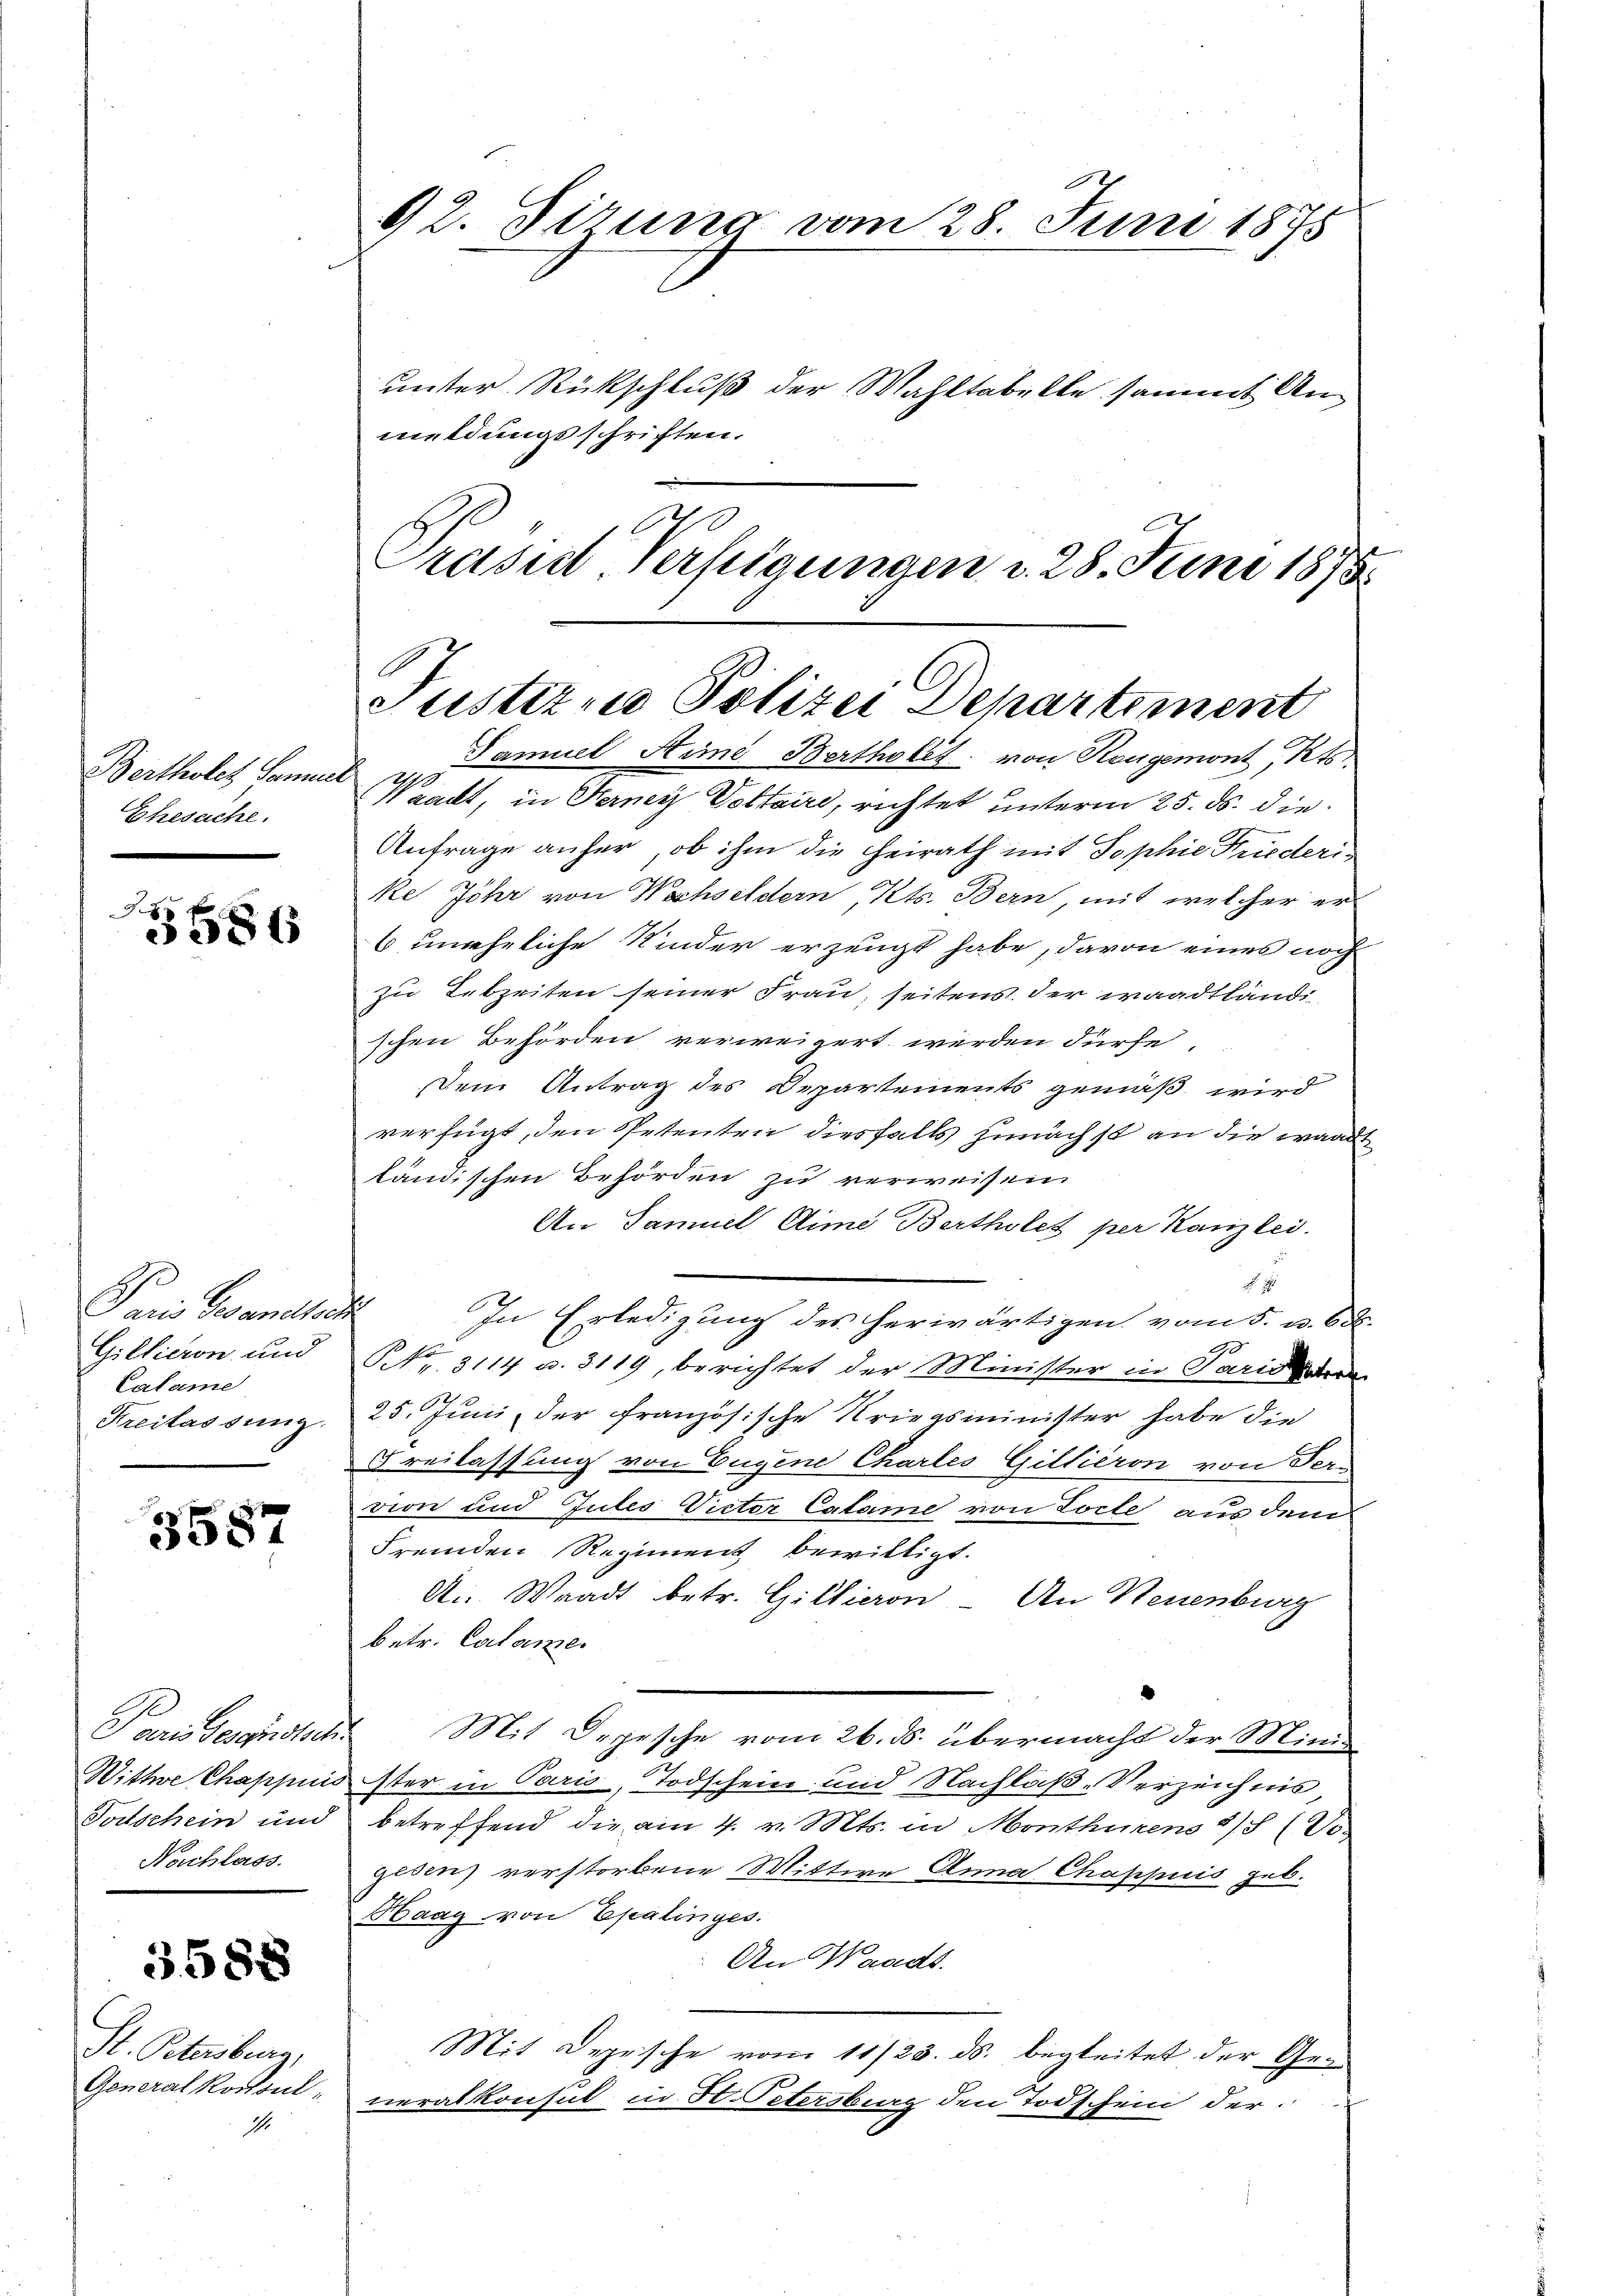
Bertholet Samuel
Ehesache.

8
3586

Pan Gesandtsch
Calame

3587

Nachlass.

5588

St. Petersburg,
Generalkonsul¬
1.

92. Sirung vom 28. Juni 1875

unter Rückschluß der Wahltabelte, sammt Anmeldungsschriften.
Prasis Verfügungen d. 28. Juni 1878.

Justizio Polizei Departement
Samuel Sime Bertholet, von Rangemont, Kts

A
4 aadt, in Ferner Voltaire, richtet unterm 25. ds. die
Anfrage anher, ob ihm die Heirath mit Sophie Friederike Jöhr von Wechseldern, Kts. Bern, mit welcher er
6 uneheliche Kinder erzeugt habe, davon eines noch
zu Lebzeiten seiner Frau, seitens der waadtländischen Behörden verweigert werden dürfe,
Dem Antrag des Departements gemäß wird
verfügt, den Petenten diesfalls zunächst an die waadt
ländischen Behörden zu verweisen
An Samuel Stime Bertholet per Kanzlei.

In Erledigung des herwärtigen vom 5. u. 68.
Gillieren und NNr. 3114 u. 3119, berichtet der Minister in Paris tra
Kreilassung 25. Juni der französische Kriegsminister habe die
Freilassung von Eugene Chartes Gillieron von Ter-
vion und Gutes Victor Catane von Torte aus dem
Fremden Regiment bewilligt.
A. Waadt betr. Gillieron An Neuenburg
betr. Calame.
Paris desandtsch. Mit Depesche vom 26. ds. übermacht der Mini¬
Wittwe Chappuis ster in Paris, Todschein und Nachlaß-Verzeichnis
Todschein und betreffend die am 4. v. Mts. in Monthürens 9/8 (Vo
gesen verstorbene Mittwe Anna Chappuis geb.
Haag von Epalinges.
An Waadt.
Mit Depesche vom 11/23. ds. begleitet der Generalkonsul in H. Petersburg den Todschein der